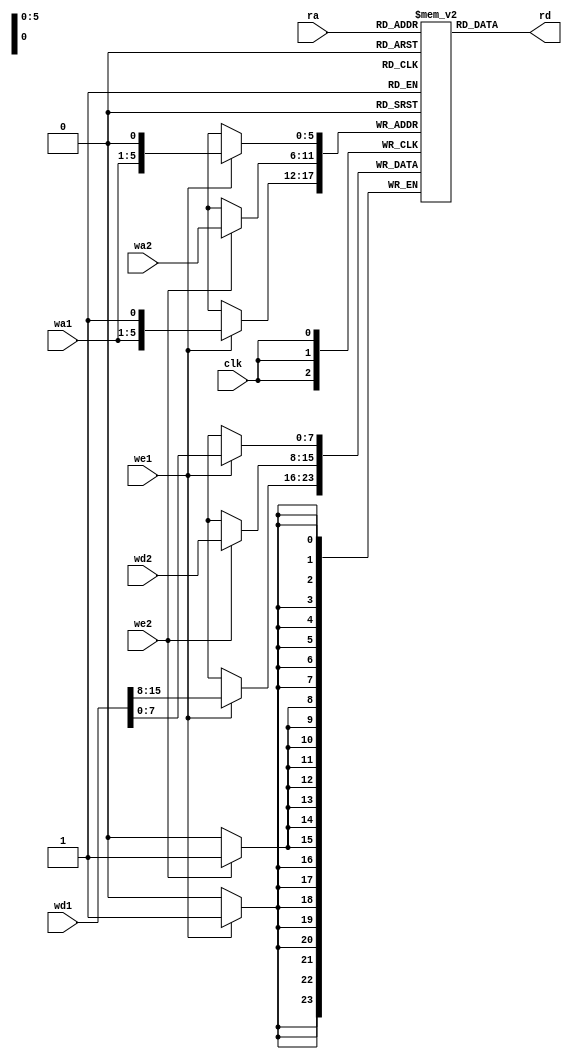
// expect-wr-ports 3
// expect-rd-ports 1
// expect-wr-wide-continuation 3'010

module test(
	input clk,
	input we1, we2,
	input [5:0] ra,
	input [4:0] wa1,
	input [5:0] wa2,
	input [15:0] wd1,
	input [7:0] wd2,
	output [7:0] rd
);

reg [7:0] mem[0:63];

assign rd = mem[ra];

always @(posedge clk) begin
	if (we1)
		mem[{wa1, 1'b0}] <= wd1[7:0];
	if (we2)
		mem[wa2] <= wd2;
	if (we1)
		mem[{wa1, 1'b1}] <= wd1[15:8];
end

endmodule